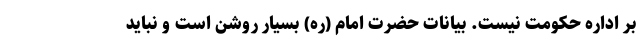
بر اداره حکومت نیست. بیانات حضرت امام (ره) بسیار روشن است و نباید